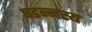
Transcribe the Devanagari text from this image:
षडन्नस्य